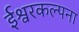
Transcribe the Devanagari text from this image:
ईश्वरकल्पना